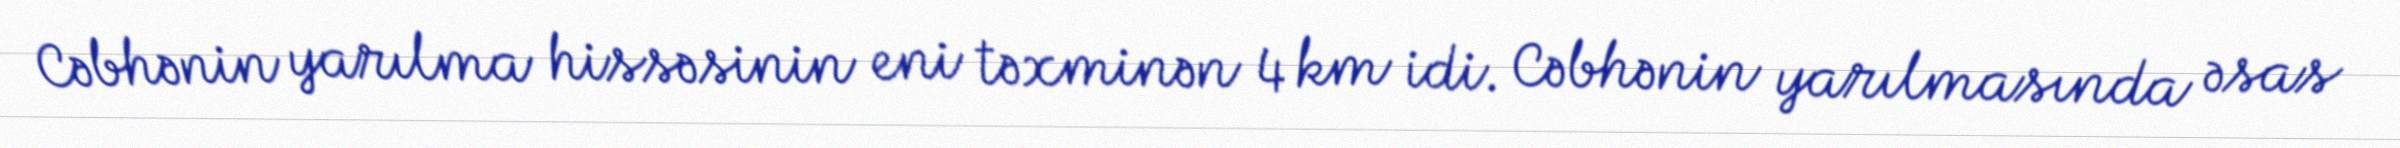
Cəbhənin yarılma hissəsinin eni təxminən 4 km idi. Cəbhənin yarılmasında əsas